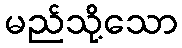
မည်သို့သော